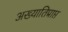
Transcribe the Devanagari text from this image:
अख्यातिप्राप्त